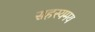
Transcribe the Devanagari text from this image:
सहस्यमय